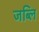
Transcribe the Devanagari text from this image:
जब्लि